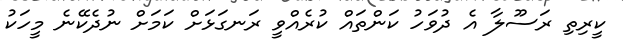
ކީރިތި ރަސޫލާ އެ ދުވަހު ކަންތައް ކުރެއްވީ ރަނގަޅަށް ކަމަށް ނުދެކޭނެ މީހަކު